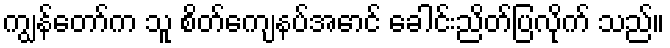
ကျွန်တော်က သူ စိတ်ကျေနပ်အောင် ခေါင်းညိတ်ပြလိုက် သည်။